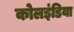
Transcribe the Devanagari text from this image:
कोलइंडिया